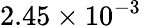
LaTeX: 2.45\times 10^{-3}